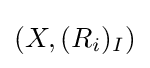
(X,(R_{i})_{I})